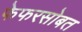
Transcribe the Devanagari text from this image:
फेफरसोबत